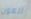
العون